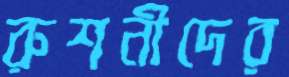
রুশনীদের